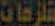
تلزمات